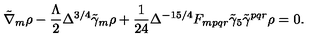
\tilde { \nabla } _ { m } \rho - \frac { \Lambda } { 2 } \Delta ^ { 3 / 4 } \tilde { \gamma } _ { m } \rho + \frac { 1 } { 2 4 } \Delta ^ { - 1 5 / 4 } F _ { m p q r } \tilde { \gamma } _ { 5 } \tilde { \gamma } ^ { p q r } \rho = 0 .